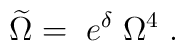
\widetilde{\Omega }=\;e^\delta \;\Omega ^4\;.